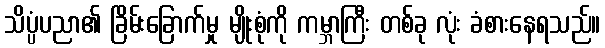
သိပ္ပံပညာ၏ ခြိမ်းခြောက်မှု မျိုးစုံကို ကမ္ဘာကြီး တစ်ခု လုံး ခံစားနေရသည်။